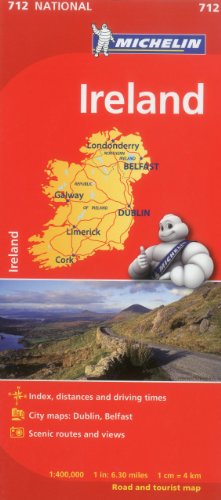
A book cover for Michelin Ireland Map 712 (Maps/Country (Michelin)); Michelin Travel & Lifestyle; Travel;